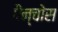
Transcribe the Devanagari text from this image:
पैन्चोस